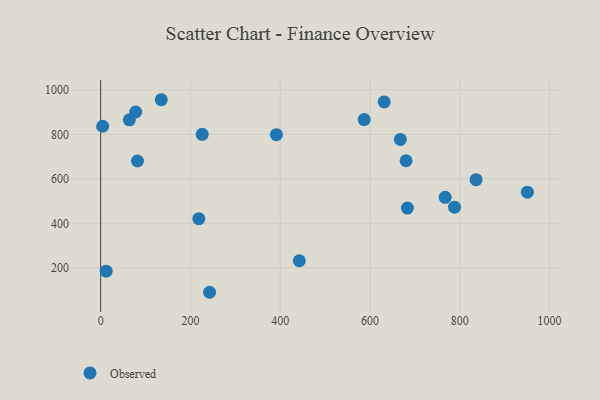
{"axis": {"x": "Investment", "y": "Sales"}, "legend": ["Observed"], "data": [{"x": "950.6", "y": 540.4, "type": "Observed"}, {"x": "242.7", "y": 90.5, "type": "Observed"}, {"x": "836.4", "y": 596.6, "type": "Observed"}, {"x": "12.3", "y": 185.1, "type": "Observed"}, {"x": "226.2", "y": 800.4, "type": "Observed"}, {"x": "135.0", "y": 955.7, "type": "Observed"}, {"x": "680.4", "y": 681.5, "type": "Observed"}, {"x": "631.6", "y": 945.8, "type": "Observed"}, {"x": "683.3", "y": 469.0, "type": "Observed"}, {"x": "4.4", "y": 836.6, "type": "Observed"}, {"x": "78.1", "y": 900.6, "type": "Observed"}, {"x": "587.1", "y": 866.4, "type": "Observed"}, {"x": "218.7", "y": 421.1, "type": "Observed"}, {"x": "767.5", "y": 517.1, "type": "Observed"}, {"x": "667.7", "y": 777.1, "type": "Observed"}, {"x": "391.5", "y": 798.6, "type": "Observed"}, {"x": "64.0", "y": 865.3, "type": "Observed"}, {"x": "442.6", "y": 232.1, "type": "Observed"}, {"x": "82.1", "y": 680.3, "type": "Observed"}, {"x": "788.3", "y": 472.9, "type": "Observed"}]}